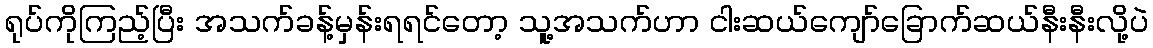
ရုပ်ကိုကြည့်ပြီး အသက်ခန့်မှန်းရရင်တော့ သူ့အသက်ဟာ ငါးဆယ်ကျော်ခြောက်ဆယ်နီးနီးလို့ပဲ